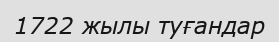
1722 жылы туғандар